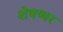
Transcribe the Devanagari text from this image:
शेषय्यर